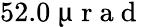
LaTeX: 52.0~\upmu\mathrm{~r~a~d~}